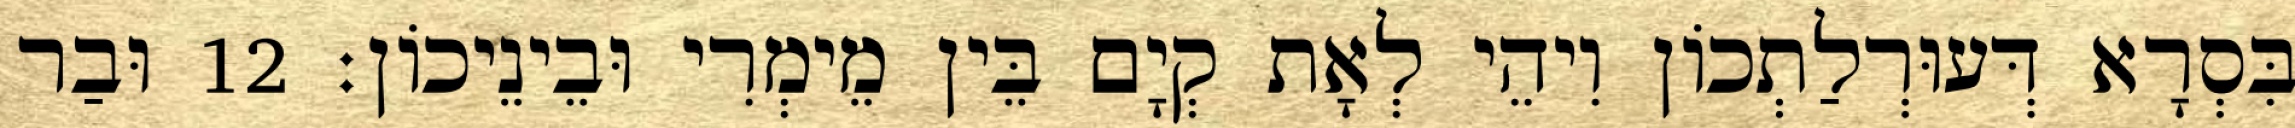
בִּסְרָא דְּעוּרְלַתְכוֹן וִיהֵי לְאָת קְיָם בֵּין מֵימְרִי וּבֵינֵיכוֹן׃ 12 וּבַר